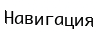
Навигация